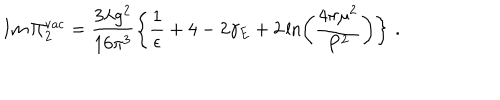
LaTeX: I m \, \Pi _ { 2 } ^ { \mathrm { v a c } } = \frac { 3 \lambda g ^ { 2 } } { 1 6 \pi ^ { 3 } } \left\{ \frac { 1 } { \epsilon } + 4 - 2 \gamma _ { E } + 2 \ln \left( \frac { 4 \pi \mu ^ { 2 } } { P ^ { 2 } } \right) \right\} \, .